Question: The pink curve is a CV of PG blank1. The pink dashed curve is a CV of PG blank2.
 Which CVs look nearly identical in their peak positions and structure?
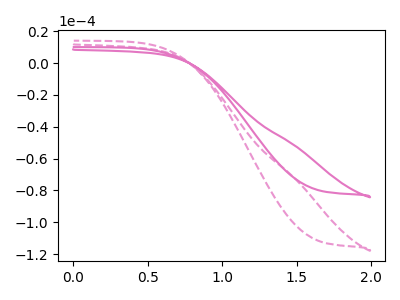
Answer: <think>The pink curve "PG blank1" has no peaks. The pink dashed curve "PG blank2" has no peaks.
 Neither "PG blank1" or "PG blank2" have any peaks.</think>
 <answer>"PG blank1" and "PG blank2" have the same shape and are likely CV's of the same chemical.</answer>
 <eval>"PG blank1" "PG blank2"</eval>